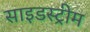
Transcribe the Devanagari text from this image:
साइडस्ट्रीम